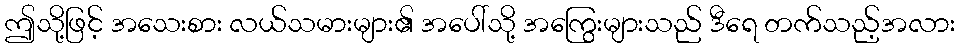
ဤသို့ဖြင့် အသေးစား လယ်သမားများ၏ အပေါ်သို့ အကြွေးများသည် ဒီရေ တက်သည့်အလား